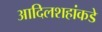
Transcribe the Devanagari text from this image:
आदिलशहांकडे